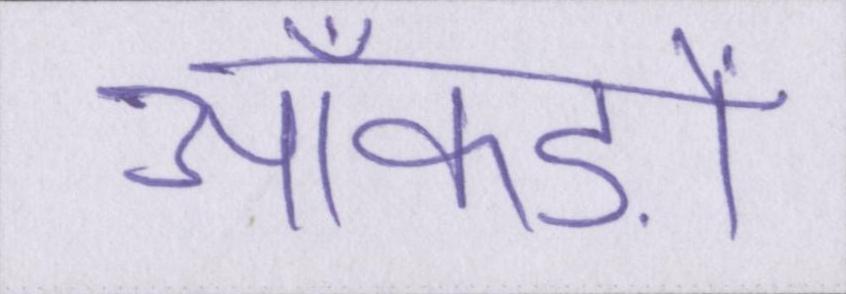
आँकड़ों